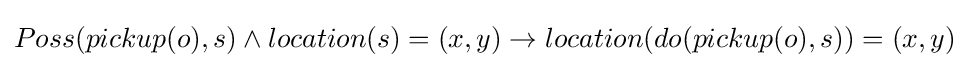
Poss(pickup(o),s)\wedge location(s)=(x,y)\rightarrow location(do(pickup(o),s))=(x,y)